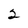
Character: 2